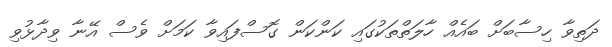
ދަތިވާ ހިސާބަށް ބައެއް ހާލަތްތަކުގައި ކަންކަން ގޮސްފައިވާ ކަމަށް ވެސް އޭނާ ވިދާޅުވި